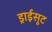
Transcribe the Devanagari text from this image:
ड्राईसूट